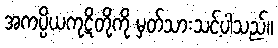
အကပ္ပိယကုဋိတို့ကို မှတ်သားသင့်ပါသည်။